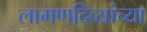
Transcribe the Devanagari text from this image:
लामणदिव्यांच्या